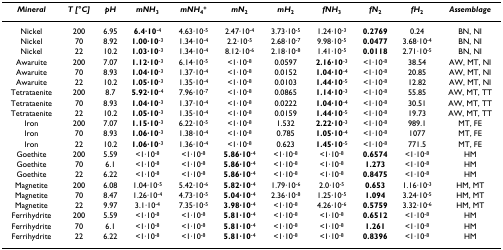
<table><thead><tr><td><b><i>Mineral</i></b></td><td><b><i>T [°C]</i></b></td><td><b><i>pH</i></b></td><td><b><i>mNH</i><sub>3</sub></b></td><td><b><i>mNH</i><sub>4</sub><sup>+</sup></b></td><td><b><i>mN</i><sub>2</sub></b></td><td><b><i>mH</i><sub>2</sub></b></td><td><b><i>fNH</i><sub>3</sub></b></td><td><b><i>fN</i><sub>2</sub></b></td><td><b><i>fH</i><sub>2</sub></b></td><td><b><i>Assemblage</i></b></td></tr></thead><tbody><tr><td>Nickel</td><td>200</td><td>6.95</td><td><b>6.4·10</b><sup>-4</sup></td><td>4.63·10<sup>-5</sup></td><td>2.47·10<sup>-4</sup></td><td>3.73·10<sup>-5</sup></td><td>1.24·10<sup>-3</sup></td><td><b>0.2769</b></td><td>0.24</td><td>BN, NI</td></tr><tr><td>Nickel</td><td>70</td><td>8.92</td><td><b>1.00·10</b><sup>-3</sup></td><td>1.34·10<sup>-4</sup></td><td>2.2·10<sup>-5</sup></td><td>2.68·10<sup>-7</sup></td><td>9.98·10<sup>-5</sup></td><td><b>0.0477</b></td><td>3.68·10<sup>-4</sup></td><td>BN, NI</td></tr><tr><td>Nickel</td><td>22</td><td>10.2</td><td><b>1.03·10</b><sup>-3</sup></td><td>1.34·10<sup>-4</sup></td><td>8.12·10<sup>-6</sup></td><td>2.18·10<sup>-8</sup></td><td>1.41·10<sup>-5</sup></td><td><b>0.0118</b></td><td>2.71·10<sup>-5</sup></td><td>BN, NI</td></tr><tr><td>Awaruite</td><td>200</td><td>7.07</td><td><b>1.12·10</b><sup>-3</sup></td><td>6.14·10<sup>-5</sup></td><td>&lt;1·10<sup>-8</sup></td><td>0.0597</td><td><b>2.16·10</b><sup>-3</sup></td><td>&lt;1·10<sup>-8</sup></td><td>38.54</td><td>AW, MT, NI</td></tr><tr><td>Awaruite</td><td>70</td><td>8.93</td><td><b>1.04·10</b><sup>-3</sup></td><td>1.37·10<sup>-4</sup></td><td>&lt;1·10<sup>-8</sup></td><td>0.0152</td><td><b>1.04·10</b><sup>-4</sup></td><td>&lt;1·10<sup>-8</sup></td><td>20.85</td><td>AW, MT, NI</td></tr><tr><td>Awaruite</td><td>22</td><td>10.2</td><td><b>1.05·10</b><sup>-3</sup></td><td>1.35·10<sup>-4</sup></td><td>&lt;1·10<sup>-8</sup></td><td>0.0103</td><td><b>1.44·10</b><sup>-5</sup></td><td>&lt;1·10<sup>-8</sup></td><td>12.82</td><td>AW, MT, NI</td></tr><tr><td>Tetrataenite</td><td>200</td><td>8.7</td><td><b>5.92·10</b><sup>-4</sup></td><td>7.96·10<sup>-7</sup></td><td>&lt;1·10<sup>-8</sup></td><td>0.0865</td><td><b>1.14·10</b><sup>-3</sup></td><td>&lt;1·10<sup>-8</sup></td><td>55.85</td><td>AW, MT, TT</td></tr><tr><td>Tetrataenite</td><td>70</td><td>8.93</td><td><b>1.04·10</b><sup>-3</sup></td><td>1.37·10<sup>-4</sup></td><td>&lt;1·10<sup>-8</sup></td><td>0.0222</td><td><b>1.04·10</b><sup>-4</sup></td><td>&lt;1·10<sup>-8</sup></td><td>30.51</td><td>AW, MT, TT</td></tr><tr><td>Tetrataenite</td><td>22</td><td>10.2</td><td><b>1.05·10</b><sup>-3</sup></td><td>1.35·10<sup>-4</sup></td><td>&lt;1·10<sup>-8</sup></td><td>0.0159</td><td><b>1.44·10</b><sup>-5</sup></td><td>&lt;1·10<sup>-8</sup></td><td>19.73</td><td>AW, MT, TT</td></tr><tr><td>Iron</td><td>200</td><td>7.07</td><td><b>1.15·10</b><sup>-3</sup></td><td>6.22·10<sup>-5</sup></td><td>&lt;1·10<sup>-8</sup></td><td>1.532</td><td><b>2.22·10</b><sup>-3</sup></td><td>&lt;1·10<sup>-8</sup></td><td>989.1</td><td>MT, FE</td></tr><tr><td>Iron</td><td>70</td><td>8.93</td><td><b>1.06·10</b><sup>-3</sup></td><td>1.38·10<sup>-4</sup></td><td>&lt;1·10<sup>-8</sup></td><td>0.785</td><td><b>1.05·10</b><sup>-4</sup></td><td>&lt;1·10<sup>-8</sup></td><td>1077</td><td>MT, FE</td></tr><tr><td>Iron</td><td>22</td><td>10.2</td><td><b>1.06·10</b><sup>-3</sup></td><td>1.36·10<sup>-4</sup></td><td>&lt;1·10<sup>-8</sup></td><td>0.623</td><td><b>1.45·10</b><sup>-5</sup></td><td>&lt;1·10<sup>-8</sup></td><td>771.5</td><td>MT, FE</td></tr><tr><td>Goethite</td><td>200</td><td>5.59</td><td>&lt;1·10<sup>-8</sup></td><td>&lt;1·10<sup>-8</sup></td><td><b>5.86·10</b><sup>-4</sup></td><td>&lt;1·10<sup>-8</sup></td><td>&lt;1·10<sup>-8</sup></td><td><b>0.6574</b></td><td>&lt;1·10<sup>-8</sup></td><td>HM</td></tr><tr><td>Goethite</td><td>70</td><td>6.1</td><td>&lt;1·10<sup>-8</sup></td><td>&lt;1·10<sup>-8</sup></td><td><b>5.86·10</b><sup>-4</sup></td><td>&lt;1·10<sup>-8</sup></td><td>&lt;1·10<sup>-8</sup></td><td><b>1.273</b></td><td>&lt;1·10<sup>-8</sup></td><td>HM</td></tr><tr><td>Goethite</td><td>22</td><td>6.22</td><td>&lt;1·10<sup>-8</sup></td><td>&lt;1·10<sup>-8</sup></td><td><b>5.86·10</b><sup>-4</sup></td><td>&lt;1·10<sup>-8</sup></td><td>&lt;1·10<sup>-8</sup></td><td><b>0.8475</b></td><td>&lt;1·10<sup>-8</sup></td><td>HM</td></tr><tr><td>Magnetite</td><td>200</td><td>6.08</td><td>1.04·10<sup>-5</sup></td><td>5.42·10<sup>-6</sup></td><td><b>5.82·10</b><sup>-4</sup></td><td>1.79·10<sup>-6</sup></td><td>2.0·10<sup>-5</sup></td><td><b>0.653</b></td><td>1.16·10<sup>-3</sup></td><td>HM, MT</td></tr><tr><td>Magnetite</td><td>70</td><td>8.47</td><td>1.26·10<sup>-4</sup></td><td>4.73·10<sup>-5</sup></td><td><b>5.04·10</b><sup>-4</sup></td><td>2.36·10<sup>-8</sup></td><td>1.25·10<sup>-5</sup></td><td><b>1.094</b></td><td>3.24·10<sup>-5</sup></td><td>HM, MT</td></tr><tr><td>Magnetite</td><td>22</td><td>9.97</td><td>3.1·10<sup>-4</sup></td><td>7.35·10<sup>-5</sup></td><td><b>3.98·10</b><sup>-4</sup></td><td>&lt;1·10<sup>-8</sup></td><td>4.26·10<sup>-6</sup></td><td><b>0.5759</b></td><td>3.32·10<sup>-6</sup></td><td>HM, MT</td></tr><tr><td>Ferrihydrite</td><td>200</td><td>5.59</td><td>&lt;1·10<sup>-8</sup></td><td>&lt;1·10<sup>-8</sup></td><td><b>5.81·10</b><sup>-4</sup></td><td>&lt;1·10<sup>-8</sup></td><td>&lt;1·10<sup>-8</sup></td><td><b>0.6512</b></td><td>&lt;1·10<sup>-8</sup></td><td>HM</td></tr><tr><td>Ferrihydrite</td><td>70</td><td>6.1</td><td>&lt;1·10<sup>-8</sup></td><td>&lt;1·10<sup>-8</sup></td><td><b>5.81·10</b><sup>-4</sup></td><td>&lt;1·10<sup>-8</sup></td><td>&lt;1·10<sup>-8</sup></td><td><b>1.261</b></td><td>&lt;1·10<sup>-8</sup></td><td>HM</td></tr><tr><td>Ferrihydrite</td><td>22</td><td>6.22</td><td>&lt;1·10<sup>-8</sup></td><td>&lt;1·10<sup>-8</sup></td><td><b>5.81·10</b><sup>-4</sup></td><td>&lt;1·10<sup>-8</sup></td><td>&lt;1·10<sup>-8</sup></td><td><b>0.8396</b></td><td>&lt;1·10<sup>-8</sup></td><td>HM</td></tr></tbody></table>